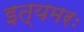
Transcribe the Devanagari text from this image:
इत्यमरः